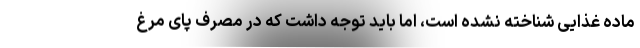
ماده غذایی شناخته نشده است، اما باید توجه داشت که در مصرف پای مرغ